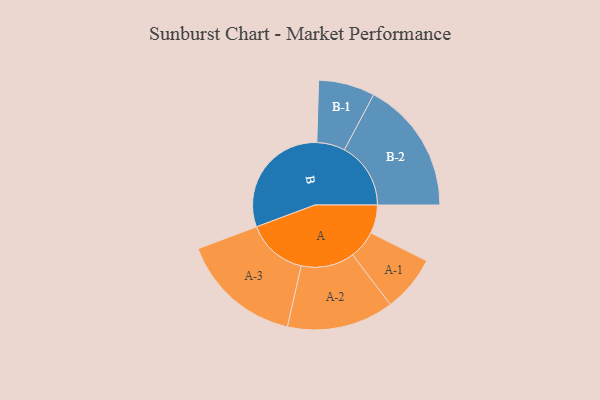
{"axis": {"x": "Segment", "y": "Value"}, "legend": ["", "A", "B"], "data": [{"x": "A", "y": 116, "type": ""}, {"x": "B", "y": 490, "type": ""}, {"x": "A-1", "y": 115, "type": "A"}, {"x": "A-2", "y": 218, "type": "A"}, {"x": "A-3", "y": 248, "type": "A"}, {"x": "B-1", "y": 115, "type": "B"}, {"x": "B-2", "y": 271, "type": "B"}]}